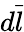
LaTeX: d\vec{l}